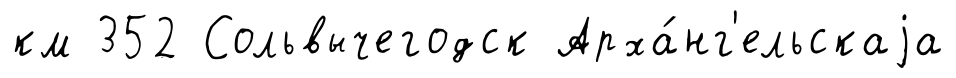
км 352 Сольвычегодск Арха́нг'ельскаjа